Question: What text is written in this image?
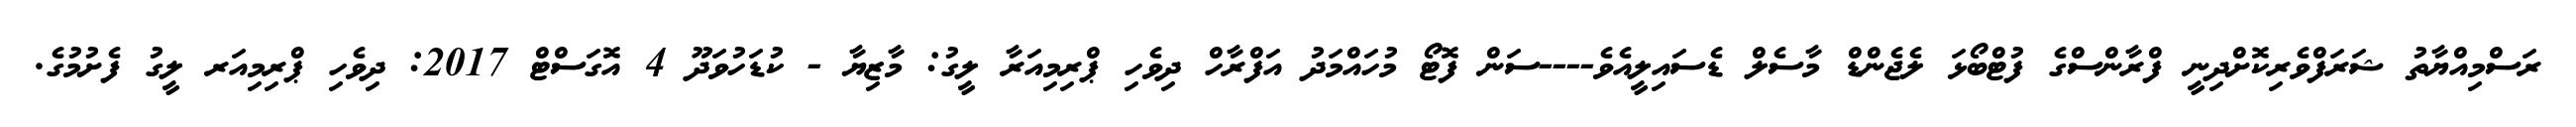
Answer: ރަސްމިއްޔާތު ޝަރަފްވެރިކޮށްދިނީ ފްރާންސްގެ ފުޓްބޯޅަ ލެޖެންޑް މާސެލް ޑެސައިލީއެވެ----ސަން ފޮޓޯ މުހައްމަދު އަފްރާހް ދިވެހި ޕްރިމިއަރާ ލީގު: މާޒިޔާ - ކުޑަހުވަދޫ 4 އޮގަސްޓް 2017: ދިވެހި ޕްރިމިއަރ ލީގު ފެށުމުގެ.